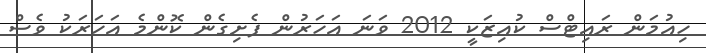
ހިއުމަން ރައިޓްސް ކުއިޒަކީ 2012 ވަނަ އަހަރުން ފެށިގެން ކޮންމެ އަހަރަކު ވެސް